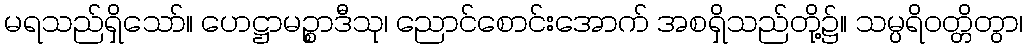
မရသည်ရှိသော်။ ဟေဋ္ဌာမဉ္စာဒီသု၊ ညောင်စောင်းအောက် အစရှိသည်တို့၌။ သမ္ပရိဝတ္တိတွာ၊